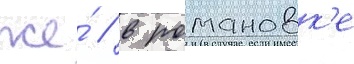
же́ / в романовк'е